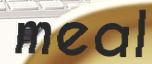
meal